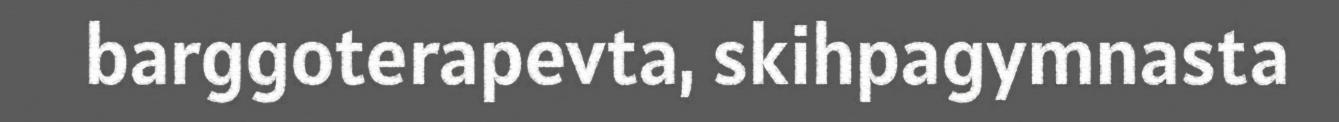
barggoterapevta, skihpagymnasta